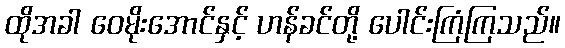
ထိုအခါ ဝေမိုးအောင်နှင့် ဟန်ခင်တို့ ပေါင်းကြံကြသည်။